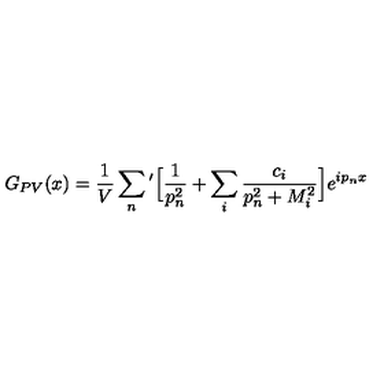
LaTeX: G _ { P V } ( x ) = \frac { 1 } { V } \sum _ { n } { ' } \Big [ \frac { 1 } { p _ { n } ^ { 2 } } + \sum _ { i } \frac { c _ { i } } { p _ { n } ^ { 2 } + M _ { i } ^ { 2 } } \Big ] e ^ { i p _ { n } x }